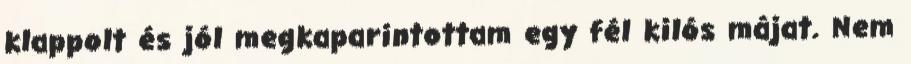
klappolt és jól megkaparintottam egy fél kilós májat. Nem